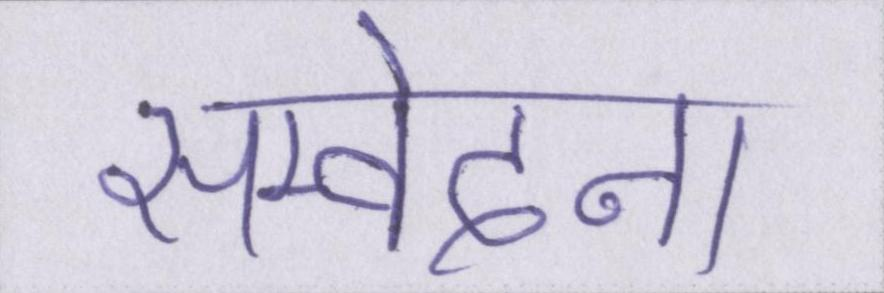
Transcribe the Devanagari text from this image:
सम्वेदना